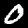
Digit: 0